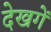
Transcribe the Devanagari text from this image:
देखगें